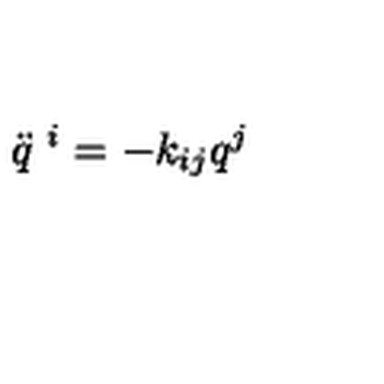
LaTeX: \ddot { q } ^ { \ i } = - k _ { i j } q ^ { j }